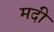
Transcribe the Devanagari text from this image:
मदी